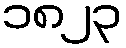
၁၈၂၃